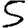
Digit: 5